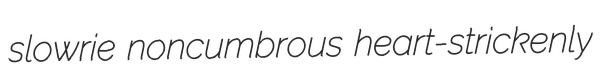
slowrie noncumbrous heart-strickenly